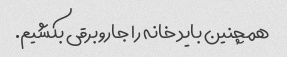
همچنین باید خانه را جاروبرقی بکشیم.